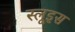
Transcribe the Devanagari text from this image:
स्लूइस